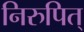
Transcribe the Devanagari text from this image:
निरुपित्